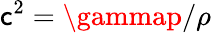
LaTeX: \mathsf{c}^{2}=\gammap/\rho